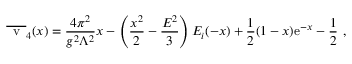
\overline { { { \mathrm { \Large ~ v ~ } } } } _ { 4 } ( x ) = { \frac { 4 \pi ^ { 2 } } { g ^ { 2 } \Lambda ^ { 2 } } } x - \left( { \frac { x ^ { 2 } } { 2 } } - { \frac { { \cal E } ^ { 2 } } { 3 } } \right) E _ { i } ( - x ) + { \frac { 1 } { 2 } } ( 1 - x ) { \mathrm e } ^ { - x } - { \frac { 1 } { 2 } } \ ,